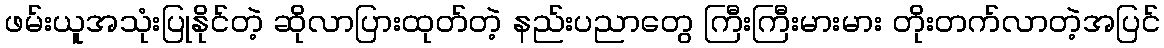
ဖမ်းယူအသုံးပြုနိုင်တဲ့ ဆိုလာပြားထုတ်တဲ့ နည်းပညာတွေ ကြီးကြီးမားမား တိုးတက်လာတဲ့အပြင်